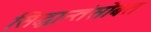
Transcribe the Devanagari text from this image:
सिद्धान्तंसोबत